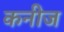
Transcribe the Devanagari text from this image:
कनीज